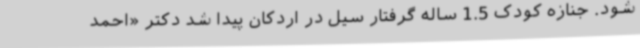
شود. جنازه کودک 1.5 ساله گرفتار سیل در اردکان پیدا شد دکتر «احمد